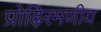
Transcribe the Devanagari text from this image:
प्रोढ़िरमणीय